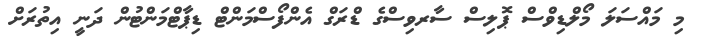
މި މައްސަލަ މޯލްޑިވްސް ޕޮލިސް ސާރވިސްގެ ޑްރަގް އެންފޯސްމަންޓް ޑިޕާޓްމަންޓުން ދަނީ އިތުރަށް